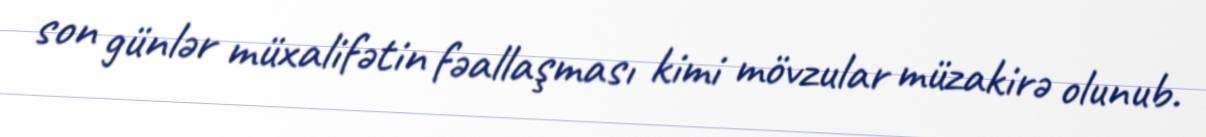
son günlər müxalifətin fəallaşması kimi mövzular müzakirə olunub.